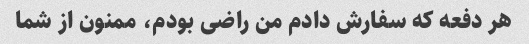
هر دفعه که سفارش دادم من راضی بودم، ممنون از شما